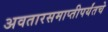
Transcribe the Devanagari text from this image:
अवतारसमाप्तीपर्यंतचे